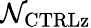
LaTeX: \mathcal{N}_{\mathrm{{{CTRLz}}}}